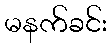
မနက်ခင်း